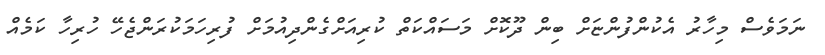
ނަމަވެސް މިހާރު އެކުންފުންޏަށް ބިން ދޫކޮށް މަސައްކަތް ކުރިއަށްގެންދިއުމަށް ފުރިހަމަކުރަންޖެހޭ ހުރިހާ ކަމެއް